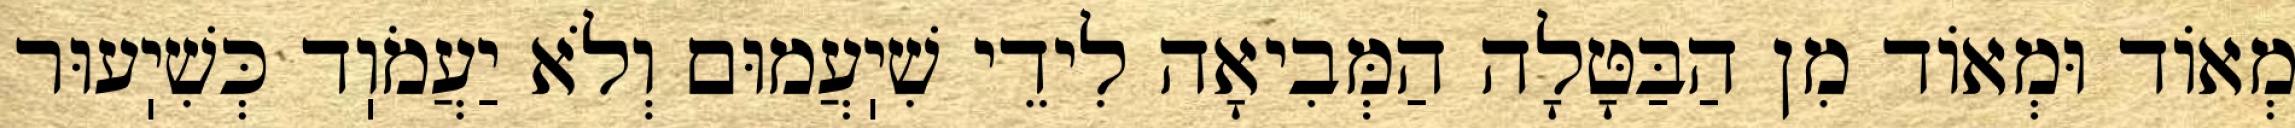
מְאוֹד וּמְאוֹד מִן הַבַּטָּלָה הַמְּבִיאָה לִידֵי שִׁיֽעֲמוּם וְלֹא יַעֲמֹוֽד כְּשִׁיֽעוּר